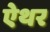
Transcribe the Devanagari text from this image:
ऐथर